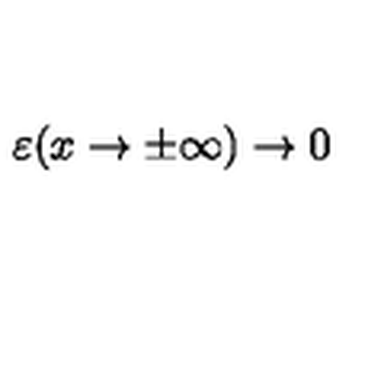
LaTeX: \varepsilon ( x \rightarrow \pm \infty ) \rightarrow 0